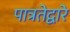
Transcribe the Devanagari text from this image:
पात्रतेद्वारे